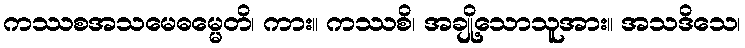
ကဿစအသမေဓမ္မေတိ၊ ကား။ ကဿစိ၊ အချို့သောသူအား။ အသဒိသေ၊